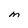
Character: M